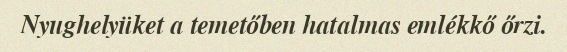
Nyughelyüket a temetőben hatalmas emlékkő őrzi.